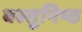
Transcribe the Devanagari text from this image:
वस्‍तुनिष्‍ठ